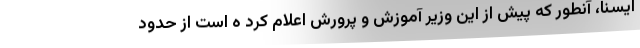
ایسنا، آنطور که پیش از این وزیر آموزش و پرورش اعلام کرد ه است از حدود